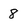
Character: 8